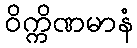
ဝိက္ကိဏမာနံ